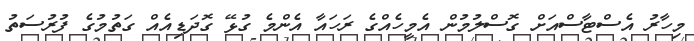
މިހާރު އެސްޓާސްއަށް ގޮސްލުމުން އެމީހެއްގެ ރަހައާ އެންމެ ގުޅޭ ގޮދަޑިއެއް ގަތުމުގެ ފުރުސަތު